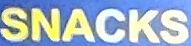
SNACKS